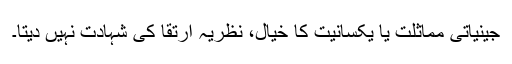
جینیاتی مماثلت یا یکسانیت کا خیال، نظریہ ارتقا کی شہادت نہیں دیتا۔